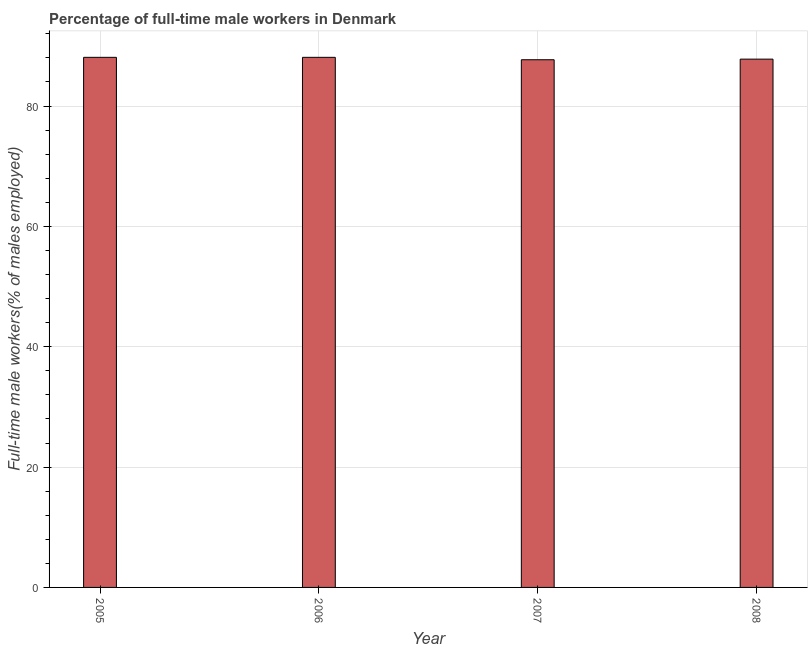
| Year | Wage and salary workers |
 | --- | --- |
 | 2005 | 88.1 |
 | 2006 | 88.1 |
 | 2007 | 87.7 |
 | 2008 | 87.8 |